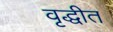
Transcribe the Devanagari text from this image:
वृद्धीत